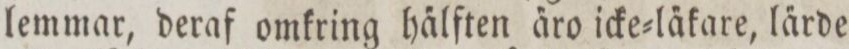
lemmar, deraf omkring ha̋lften a̋ro icke=la̋kare, la̋rde